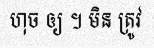
ហុច ឲ្យ ។ មិន ត្រូវ